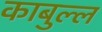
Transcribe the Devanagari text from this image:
काबुल्ल